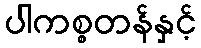
ပါကစ္စတန်နှင့်